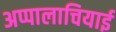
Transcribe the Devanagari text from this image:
अप्पालाचियाई